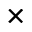
\times